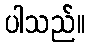
ပါသည်။